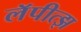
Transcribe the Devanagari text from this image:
लॅपीत्झ